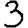
Digit: 3